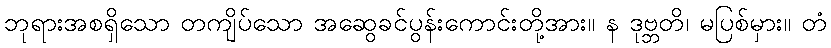
ဘုရားအစရှိသော တကျိပ်သော အဆွေခင်ပွန်းကောင်းတို့အား။ န ဒုဗ္ဘတိ၊ မပြစ်မှား။ တံ